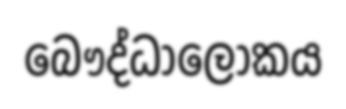
බෞද්ධාලෝකය